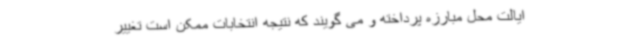
ایالت محل مبارزه پرداخته و می گویند که نتیجه انتخابات ممکن است تغییر